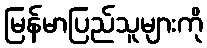
မြန်မာပြည်သူများကို